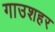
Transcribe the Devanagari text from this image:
गाउशहर